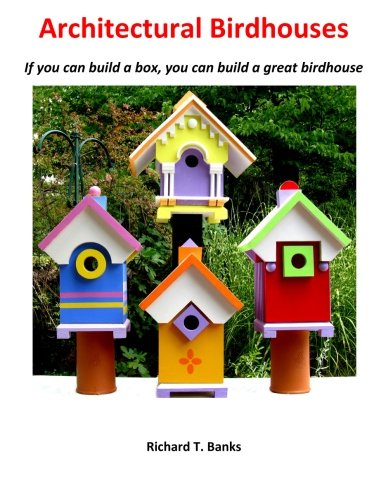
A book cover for Architectural Birdhouses: If you can build a box, you can build a great birdhouse; Mr Richard T. Banks; Crafts, Hobbies & Home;